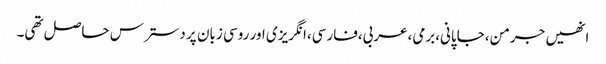
انھیں جرمن،جاپانی،برمی،عربی،فارسی،انگریزی اور روسی زبان پر دسترس حاصل تھی۔